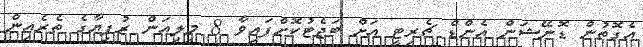
އެގޮތުން ޑޮނޭޝަން އެންޑް ޗެރިޓީ އަށް ބަޖެޓުކޮށްފައިވާ 8 މިލިއަން ރުފިޔާގެ ތެރެއިން